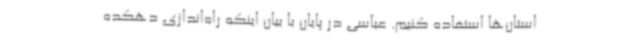
استان‌ها استفاده کنیم. عباسی در پایان با بیان اینکه راه‌اندازی دهکده